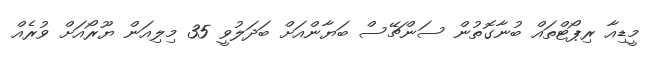
މީޑިއާ ރިޕޯޓްތައް ބުނާގޮތުން ސަންޗޭސް ބަޔާންއަށް ބަދަލުވީ 35 މިލިއަން ޔޫރޯއަށް ވުރެއް